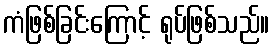
ကံဖြစ်ခြင်းကြောင့် ရုပ်ဖြစ်သည်။